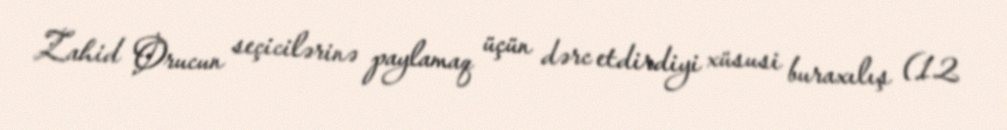
Zahid Orucun seçicilərinə paylamaq üçün dərc etdirdiyi xüsusi buraxılış (12